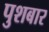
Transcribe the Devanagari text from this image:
पुशबार